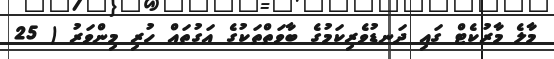
މާލެ މާރުކެޓް ގައި ދަނޑުވެރިކަމުގެ ބާވަތްތަކުގެ އަގުތައް ހުރި މިންވަރު ( 25